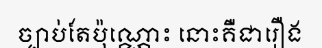
ច្បាប់តែប៉ុណ្ណោះ នោះគឺជារឿង